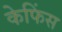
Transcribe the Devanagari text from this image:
केफिंस